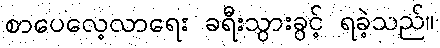
စာပေလေ့လာရေး ခရီးသွားခွင့် ရခဲ့သည်။